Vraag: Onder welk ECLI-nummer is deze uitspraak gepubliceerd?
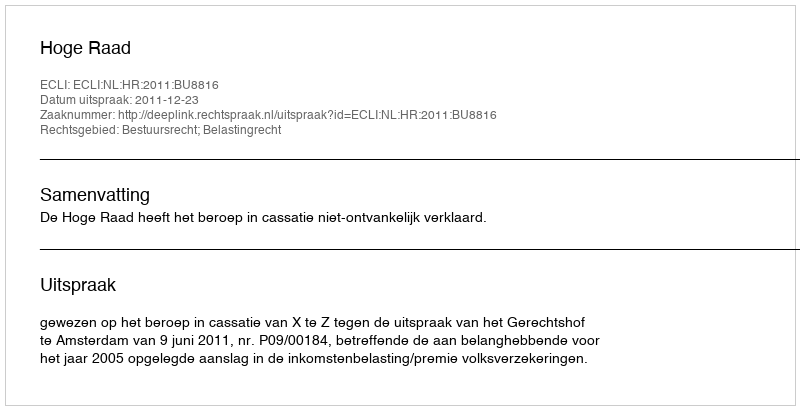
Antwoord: ECLI:NL:HR:2011:BU8816